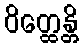
ဝိတ္ထေန္တိ